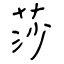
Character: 莎